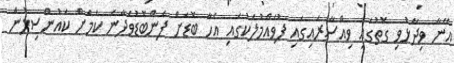
އޭނާ ވިދާޅުވި ގޮތުގައި ވިއްސާރައިގައި ފުވައްމުލަކުގައި އެހާ ބޮޑަށް ފެންބޮޑުވެދާނެ ކަމަށް ކައުންސިލުން